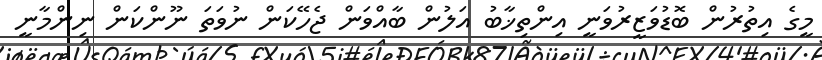
މީގެ އިތުރުން ބޮޑުވަޒީރުވަނީ އިންތިޚާބު އަލުން ބާއްވަން ޖެހޭކަން ނުވަތަ ނޫންކަން ނިންމާނީ